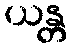
ယန္တ